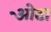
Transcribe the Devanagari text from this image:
ओेटा